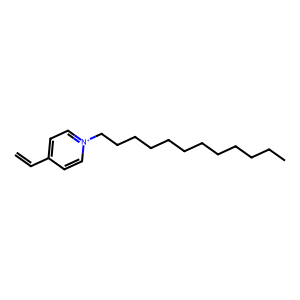
SMILES: C=Cc1cc[n+](CCCCCCCCCCCC)cc1
Inhibits HIV replication: No